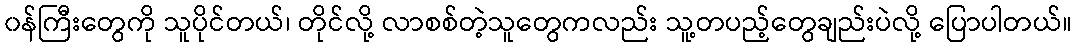
၀န်ကြီးတွေကို သူပိုင်တယ်၊ တိုင်လို့ လာစစ်တဲ့သူတွေကလည်း သူ့တပည့်တွေချည်းပဲလို့ ပြောပါတယ်။